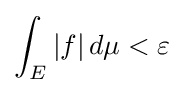
\int _{E}|f|\,d\mu <\varepsilon